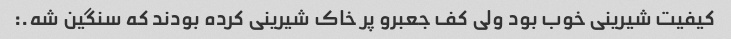
کیفیت شیرینی خوب بود ولی کف جعبرو پر خاک شیرینی کرده بودند که سنگین شه.: